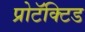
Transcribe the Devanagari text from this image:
प्रोटॅक्टिड